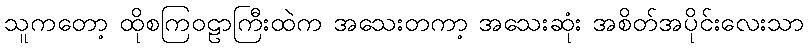
သူကတော့ ထိုစကြဝဠာကြီးထဲက အသေးတကာ့ အသေးဆုံး အစိတ်အပိုင်းလေးသာ